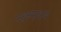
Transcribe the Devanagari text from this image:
पशुसमुदाय